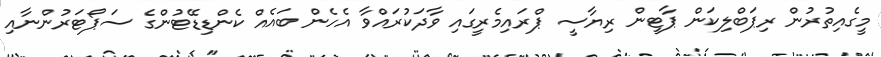
މީގެއިތުރުން ރިޕަބްލިކަން ޕާޓީން ރިޔާސީ ޕްރައިމެރީގައި ވާދަކުރައްވާ އެހެން ބައެއް ކެންޑިޑޭޓުންގެ ސަޕޯޓަރުންނާއި